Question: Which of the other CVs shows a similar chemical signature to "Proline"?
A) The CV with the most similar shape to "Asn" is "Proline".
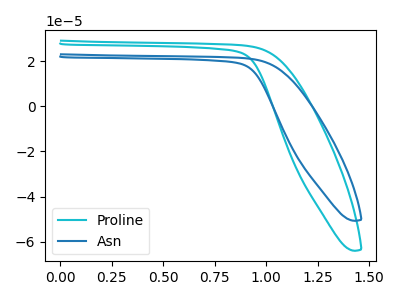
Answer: <think>The cyan curve "Proline" has no peaks. The blue curve "Asn" has no peaks.
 Neither "Proline" or "Asn" have any peaks.</think>
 <answer>A) The CV with the most similar shape to "Asn" is "Proline".</answer>
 <eval>A</eval>